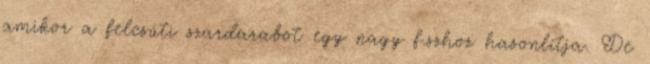
amikor a felcsúti szardarabot egy nagy f.szhoz hasonlítja. De